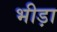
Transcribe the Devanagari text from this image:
भीड़ा